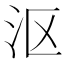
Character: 沤